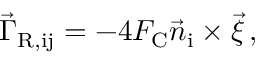
\vec { \Gamma } _ { \mathrm { R , i j } } = - 4 F _ { \mathrm { C } } \vec { n } _ { \mathrm { i } } \times \vec { \xi } \, ,